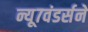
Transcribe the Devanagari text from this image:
न्यू७वंडर्सने